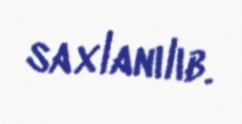
saxlanılıb.